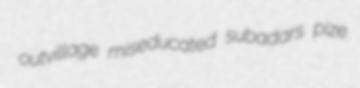
outvillage miseducated subadars pize